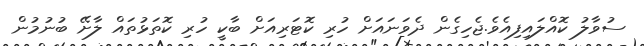
ސުވާލު ކޮއްލައިފިއެވެ.ޖެހިގެން ދެވަނައަށް ހުރި ކޮޓަރިއަށް ބާކީ ހުރި ކޮތަޅުތައް ލާށޭ ބުނުމުން